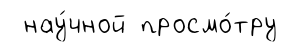
нау́чной просмо́тру